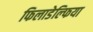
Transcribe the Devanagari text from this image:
फिलाडेल्‍फिया